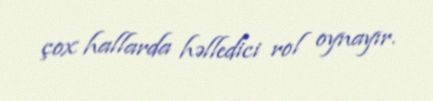
çox hallarda həlledici rol oynayır.